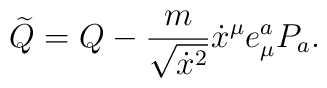
\widetilde Q=Q-{m\over \sqrt{\dot{x}^2}}\dot x^\mu e^a_\mu P_a .